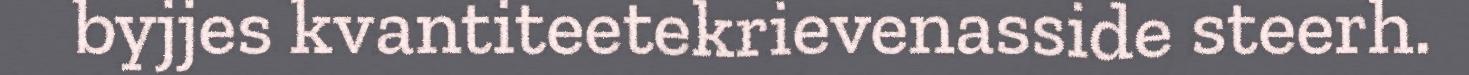
byjjes kvantiteetekrievenasside steerh.